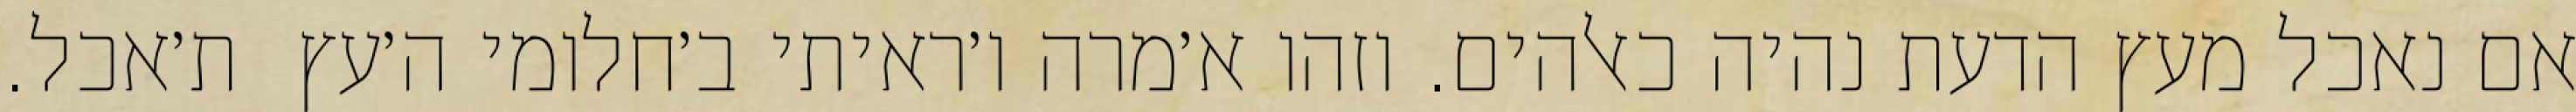
אם נאכל מעץ הדעת נהיה כאלהים. וזהו א׳מרה ו׳ראיתי ב׳חלומי ה׳עץ  ת׳אכל.